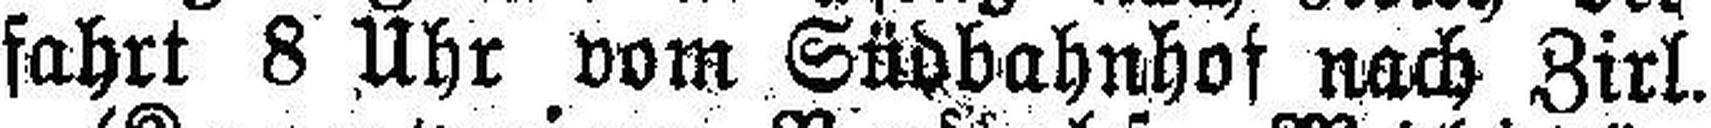
fahrt 8 Uhr vom Südbahnhof nach Zirl.